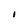
Character: I